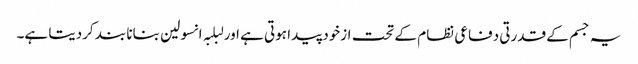
یہ جسم کے قدرتی دفاعی نظام کے تحت ازخود پیدا ہوتی ہے اور لبلبہ انسولین بنانا بند کردیتا ہے۔